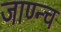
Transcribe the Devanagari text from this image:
जाण्न्च